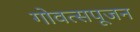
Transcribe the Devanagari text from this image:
गोवत्सपूजन